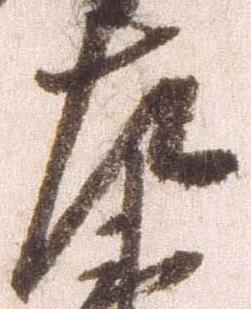
左